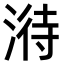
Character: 𣹘